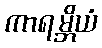
ကာရမ္ဘိယံ